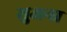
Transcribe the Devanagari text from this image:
सुअना